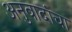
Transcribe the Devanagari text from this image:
अनुवादांचा